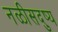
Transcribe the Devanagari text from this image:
नळीसदुष्य